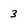
Character: 3